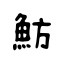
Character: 魴